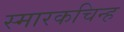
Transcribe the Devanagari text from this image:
स्मारकचिन्ह